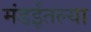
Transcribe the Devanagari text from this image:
मंडईतल्या